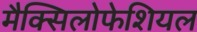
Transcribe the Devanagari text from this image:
मैक्सिलोफेशियल